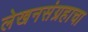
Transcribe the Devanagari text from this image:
लेखनसंग्रहाचा